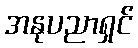
အနုပညာရှင်